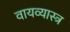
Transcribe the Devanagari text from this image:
वायव्‍यास्‍त्र